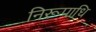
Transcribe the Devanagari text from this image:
निरूपाधि